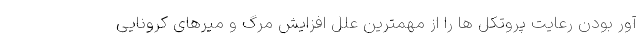
آور بودن رعایت پروتکل ها را از مهمترین علل افزایش مرگ و میرهای کرونایی